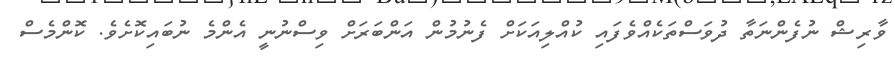
ވާރިޝް ނުފެންނަތާ ދުވަސްތަކެއްވެފައި ކުއްލިއަކަށް ފެނުމުން އަންބަރަށް ވިސްނުނީ އެންމެ ނުބައިކޮށެވެ. ކޮންމެސް